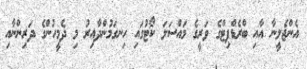
އެންޖެލީނާ އާއި ބްރެޑްޕިޓްގެ ވަރީގެ މައްސަލަ ކޯޓުގައި ހިނގަމުންދާއިރު މި ދެމީހުންގެ ދަރިންނާއި